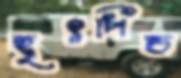
হৃৎপিন্ড